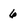
Character: 6